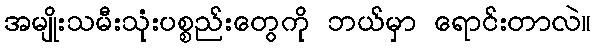
အမျိုးသမီးသုံးပစ္စည်းတွေကို ဘယ်မှာ ရောင်းတာလဲ။